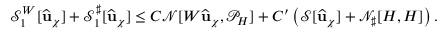
\mathcal { S } _ { 1 } ^ { W } [ \widehat { \mathbf { u } } _ { \chi } ] + { \mathcal { S } _ { 1 } ^ { \sharp } } [ \widehat { \mathbf { u } } _ { \chi } ] \leq C \mathcal { N } [ W \widehat { \mathbf { u } } _ { \chi } , \mathcal { P } _ { H } ] + C ^ { \prime } \left( \mathcal { S } [ \widehat { \mathbf { u } } _ { \chi } ] + \mathcal { N } _ { \sharp } [ H , H ] \right) .